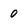
Character: 0